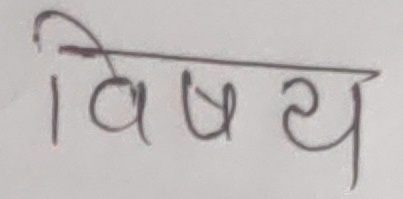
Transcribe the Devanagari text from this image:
विषय